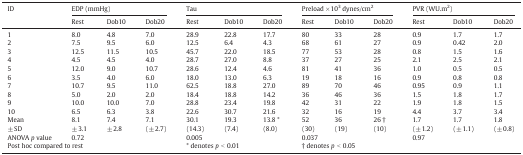
<table><thead><tr><td><b>ID</b></td><td colspan="3"><b>EDP (mmHg)</b></td><td colspan="3"><b>Tau</b></td><td colspan="3"><b>Preload × 10<sup>3</sup> dynes/cm<sup>2</sup></b></td><td colspan="3"><b>PVR (WU.m<sup>2</sup>)</b></td></tr><tr><td>[EMPTY_CELL]</td><td><b>Rest</b></td><td><b>Dob10</b></td><td><b>Dob20</b></td><td><b>Rest</b></td><td><b>Dob10</b></td><td><b>Dob20</b></td><td><b>Rest</b></td><td><b>Dob10</b></td><td><b>Dob20</b></td><td><b>Rest</b></td><td><b>Dob10</b></td><td><b>Dob20</b></td></tr></thead><tbody><tr><td>1</td><td>8.0</td><td>4.8</td><td>7.0</td><td>28.9</td><td>22.8</td><td>17.7</td><td>80</td><td>33</td><td>28</td><td>0.9</td><td>1.7</td><td>1.7</td></tr><tr><td>2</td><td>7.5</td><td>9.5</td><td>6.0</td><td>12.5</td><td>6.4</td><td>4.3</td><td>68</td><td>61</td><td>27</td><td>0.9</td><td>0.42</td><td>2.0</td></tr><tr><td>3</td><td>12.5</td><td>11.5</td><td>10.5</td><td>45.7</td><td>22.0</td><td>18.5</td><td>77</td><td>53</td><td>28</td><td>0.8</td><td>1.5</td><td>1.6</td></tr><tr><td>4</td><td>4.5</td><td>4.5</td><td>4.0</td><td>28.7</td><td>27.0</td><td>8.8</td><td>37</td><td>27</td><td>25</td><td>2.1</td><td>2.5</td><td>2.1</td></tr><tr><td>5</td><td>12.0</td><td>9.0</td><td>10.7</td><td>28.6</td><td>12.4</td><td>4.6</td><td>81</td><td>41</td><td>36</td><td>1.0</td><td>0.5</td><td>0.5</td></tr><tr><td>6</td><td>3.5</td><td>4.0</td><td>6.0</td><td>18.0</td><td>13.0</td><td>6.3</td><td>19</td><td>18</td><td>16</td><td>0.9</td><td>0.8</td><td>0.8</td></tr><tr><td>7</td><td>10.7</td><td>9.5</td><td>11.0</td><td>62.5</td><td>18.8</td><td>27.0</td><td>89</td><td>70</td><td>46</td><td>0.95</td><td>0.9</td><td>1.1</td></tr><tr><td>8</td><td>5.0</td><td>2.0</td><td>2.0</td><td>18.4</td><td>18.8</td><td>14.2</td><td>36</td><td>46</td><td>36</td><td>1.5</td><td>1.8</td><td>1.7</td></tr><tr><td>9</td><td>10.0</td><td>10.0</td><td>7.0</td><td>28.8</td><td>23.4</td><td>19.8</td><td>42</td><td>31</td><td>22</td><td>1.9</td><td>1.8</td><td>1.5</td></tr><tr><td>10</td><td>6.5</td><td>6.3</td><td>3.8</td><td>22.6</td><td>30.7</td><td>21.6</td><td>32</td><td>16</td><td>19</td><td>4.4</td><td>3.7</td><td>3.4</td></tr><tr><td>Mean</td><td>8.1</td><td>7.4</td><td>7.1</td><td>30.1</td><td>19.3</td><td>13.8 *</td><td>52</td><td>36</td><td>26 †</td><td>1.7</td><td>1.7</td><td>1.8</td></tr><tr><td>± SD</td><td>± 3.1</td><td>± 2.8</td><td>(± 2.7)</td><td>(14.3)</td><td>(7.4)</td><td>(8.0)</td><td>(30)</td><td>(19)</td><td>(10)</td><td>(± 1.2)</td><td>(± 1.1)</td><td>(± 0.8)</td></tr><tr><td>ANOVA <i>p</i> value</td><td colspan="3">0.72</td><td colspan="3">0.005</td><td colspan="3">0.037</td><td colspan="3">0.97</td></tr><tr><td colspan="4">Post hoc compared to rest</td><td colspan="3">* denotes <i>p</i> &lt; 0.01</td><td colspan="3">† denotes <i>p</i> &lt; 0.05</td><td colspan="3">[EMPTY_CELL]</td></tr></tbody></table>